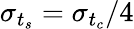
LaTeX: \sigma_{t_{s}}=\sigma_{t_{c}}/4